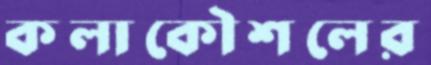
কলাকৌশলের